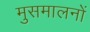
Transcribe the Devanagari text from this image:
मुसमालनों